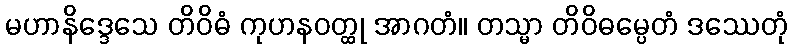
မဟာနိဒ္ဒေသေ တိဝိဓံ ကုဟနဝတ္ထု အာဂတံ။ တသ္မာ တိဝိဓမ္ပေတံ ဒဿေတုံ